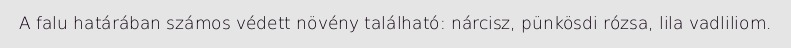
A falu határában számos védett növény található: nárcisz, pünkösdi rózsa, lila vadliliom.